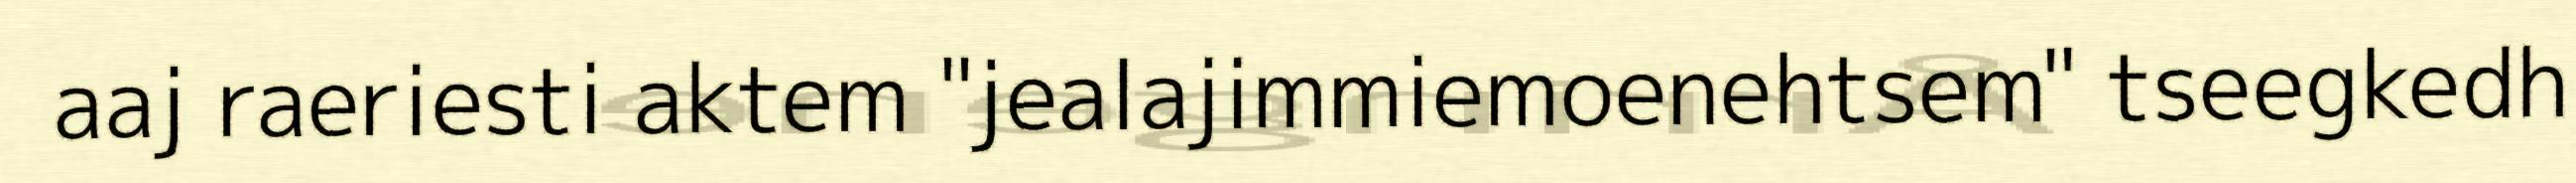
aaj raeriesti aktem "jealajimmiemoenehtsem" tseegkedh